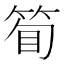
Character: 𬕇